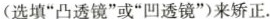
（选填”凸透镜”或”凹透镜”）来矫正。